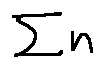
\sum n